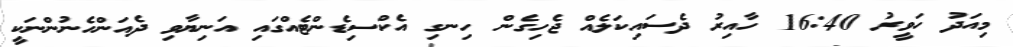
މިއަދު ހަވީރު 16:40 ހާއިރު ދެސައިކަލެއް ޖެހިގެން ހިނގި އެކްސިޑެންޓެއްގައި އަނިޔާވި ދެއަންހެނުންނަކީ